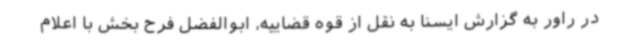
در راور به گزارش ایسنا به نقل از قوه قضاییه، ابوالفضل فرح بخش با اعلام